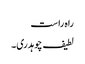
راہ راست
لطیف چوہدری۔